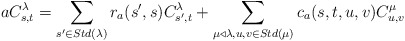
\begin{align*}aC_{s,t}^{\lambda}=\sum_{s'\in Std(\lambda)}r_a(s',s)C_{s',t}^{\lambda}+\sum_{\mu \triangleleft \lambda,u,v\in Std(\mu)}c_a(s,t,u,v)C_{u,v}^{\mu}\end{align*}